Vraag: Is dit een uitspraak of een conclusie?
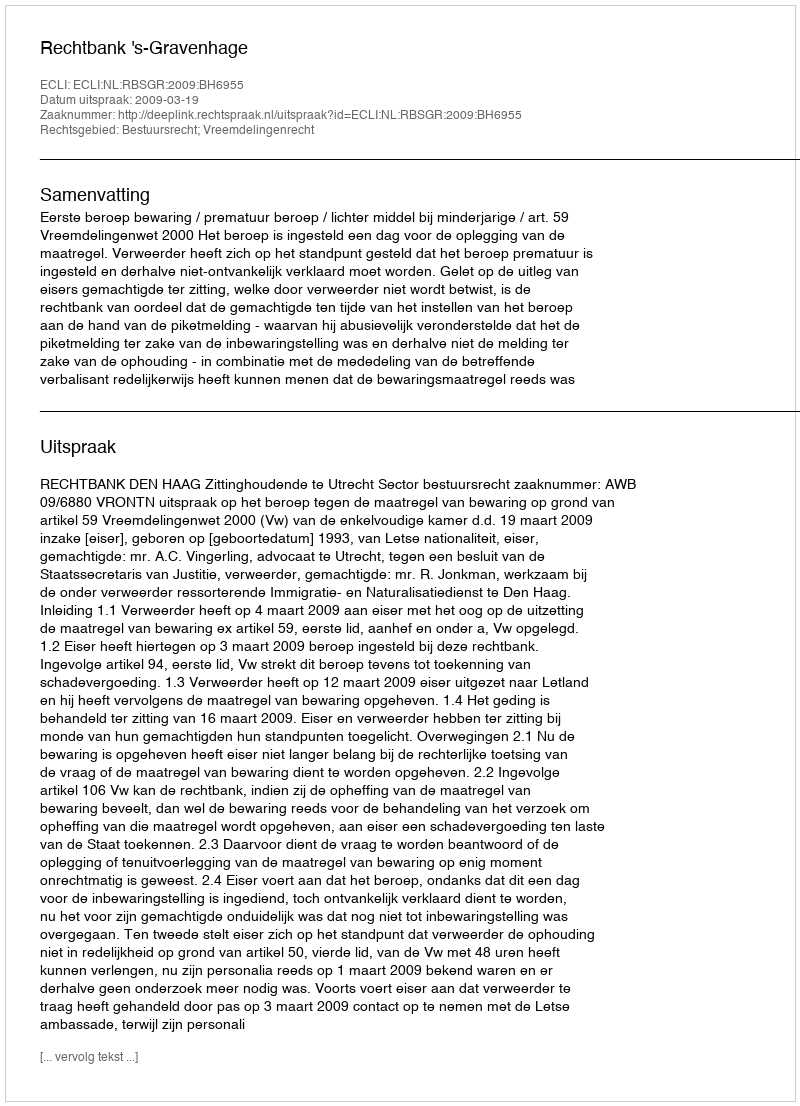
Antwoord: Uitspraak